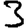
Digit: 3